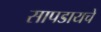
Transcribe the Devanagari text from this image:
सापडायचे